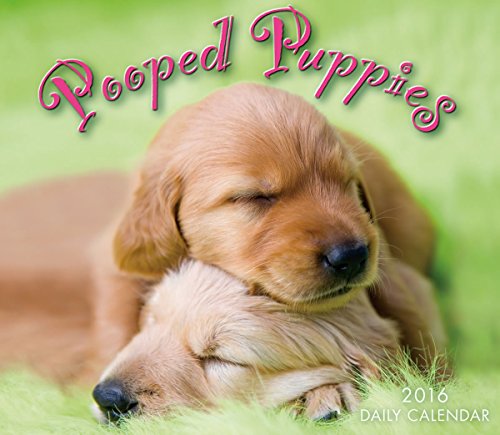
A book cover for Pooped Puppies 2016 Boxed/Daily Calendar; Sellers Publishing; Calendars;